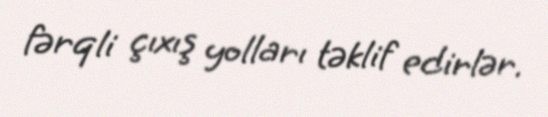
fərqli çıxış yolları təklif edirlər.